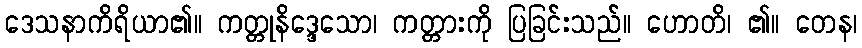
ဒေသနာကိရိယာ၏။ ကတ္တုနိဒ္ဒေသော၊ ကတ္တားကို ပြခြင်းသည်။ ဟောတိ၊ ၏။ တေန၊